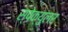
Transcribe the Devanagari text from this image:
स्पेक्युलर